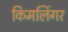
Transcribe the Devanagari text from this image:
किमलिंगर